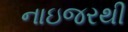
નાઇજરથી